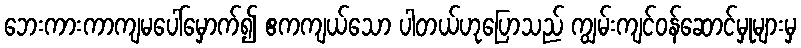
ဘေးကားကာကျမပေါ်မှောက်၍ ဧကကျယ်သော ပါတယ်ဟုပြောသည် ကျွမ်းကျင်ဝန်ဆောင်မှုများမှ